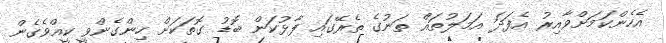
އެހެންކަމަށްވާއިރު އެފަދަ އަމަލުތައް ތަނުގެ ތެރޭގައި ފާޅުކަން ބޮޑު ގޮތަކަށް ހިންގެންވީ ކީއްވެގެން